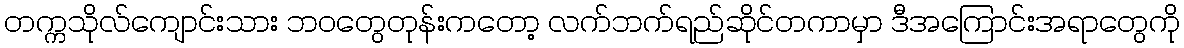
တက္ကသိုလ်ကျောင်းသား ဘဝတွေတုန်းကတော့ လက်ဘက်ရည်ဆိုင်တကာမှာ ဒီအကြောင်းအရာတွေကို